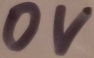
Text: 0V